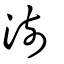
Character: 澍